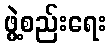
ဖွဲ့စည်းရေး